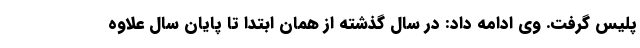
پلیس گرفت. وی ادامه داد: در سال گذشته از همان ابتدا تا پایان سال علاوه